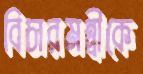
বিচারমন্ত্রীকে